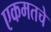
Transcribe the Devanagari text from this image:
एकमतचे